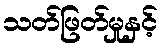
သတ်ဖြတ်မှုနှင့်